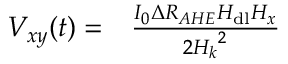
\begin{array} { r l } { V _ { x y } ( t ) = } & { { } \frac { I _ { 0 } \Delta R _ { A H E } H _ { \mathrm { d l } } H _ { x } } { 2 { H _ { k } } ^ { 2 } } } \end{array}